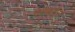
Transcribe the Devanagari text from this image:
ऐस्पार्टेट